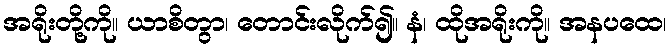
အရိုးတို့ကို။ ယာစိတွာ၊ တောင်းလိုက်၍။ နံ၊ ထိုအရိုးကို။ အနပထေ၊